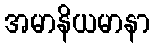
အမာနိယမာနာ